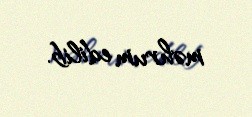
məhrum edilib.